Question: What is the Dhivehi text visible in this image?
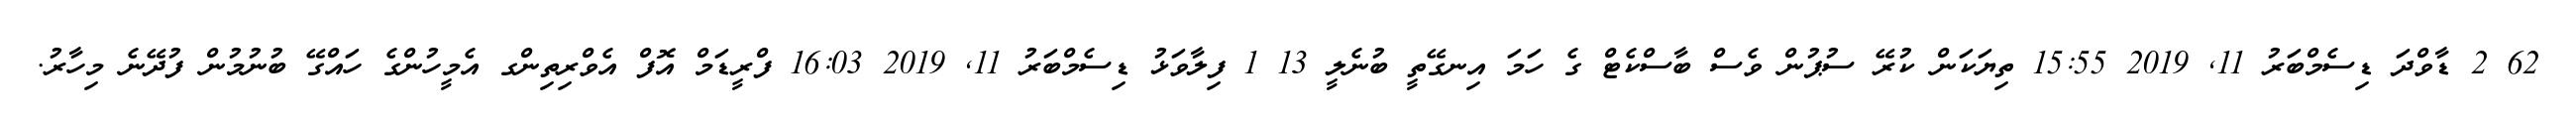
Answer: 62 2 ޑާވްދަ ޑިސެމްބަރު 11, 2019 15:55 ތިޔަކަން ކުރޭ ސުޕުން ވެސް ބާސްކެޓް ގެ ހަމަ އިނގޭތީ ބުނެލީ 13 1 ފިލާވަޅު ޑިސެމްބަރު 11, 2019 16:03 ފްރީޑަމް އޮފް އެވްރިތިންގ އެމީހުންގެ ހައްގޭ ބުނުމުން ފުދޭނެ މިހާރު.